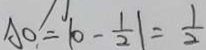
A O = \vert 0 - \frac { 1 } { 2 } \vert = \frac { 1 } { 2 }